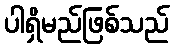
ပါရှိမည်ဖြစ်သည်